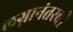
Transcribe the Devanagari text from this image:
लग्नानंतरची